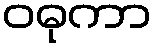
ဝဓုကာ